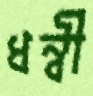
ধন্বী